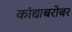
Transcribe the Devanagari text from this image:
कांद्याबरोबर